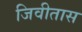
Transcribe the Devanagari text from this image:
जिवीतास